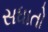
સધાતો